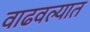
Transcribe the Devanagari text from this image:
वाढवल्यात